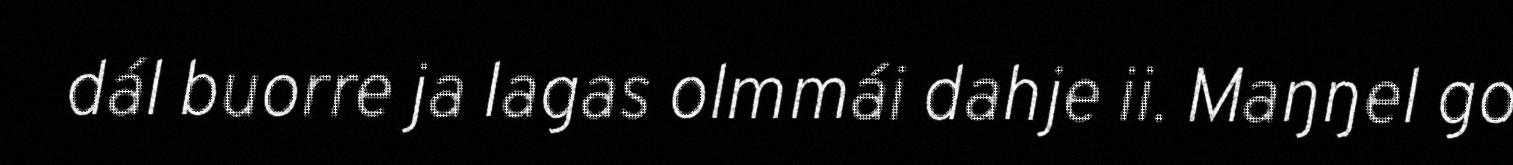
dál buorre ja lagas olmmái dahje ii. Maŋŋel go